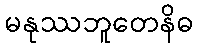
မနုဿဘူတေနိဓ